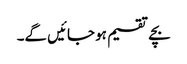
بچے تقسیم ہو جائیں گے۔